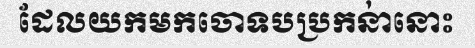
ដែលយកមកចោទបប្រកនា់នោះ